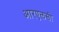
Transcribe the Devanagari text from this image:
आरएलसी